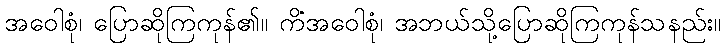
အဝေါစုံ၊ ပြောဆိုကြကုန်၏။ ကိံအဝေါစုံ၊ အဘယ်သို့ပြောဆိုကြကုန်သနည်း။